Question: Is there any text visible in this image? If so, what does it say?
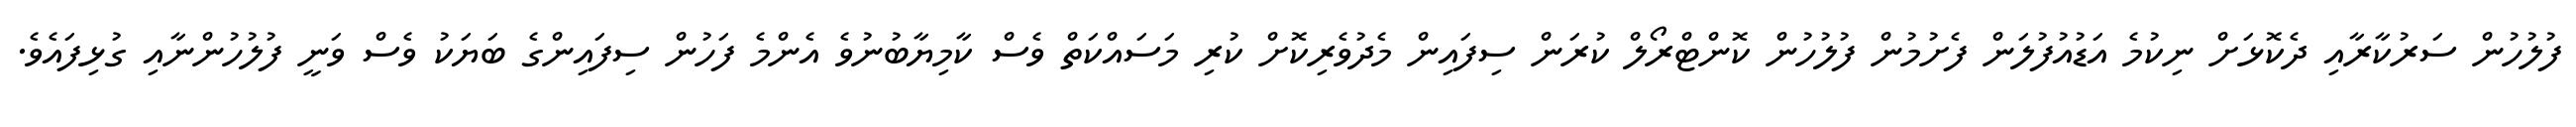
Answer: ފުލުހުން ސަރުކާރާއި ދެކޮޅަށް ނިކުމެ އަޑުއުފުލަން ފެށުމުން ފުލުހުން ކޮންޓްރޯލް ކުރަން ސިފައިން މެދުވެރިކޮށް ކުރި މަސައްކަތް ވެސް ކާމިޔާބުނުވެ އެންމެ ފަހުން ސިފައިންގެ ބަޔަކު ވެސް ވަނީ ފުލުހުންނާއި ގުޅިފައެވެ.